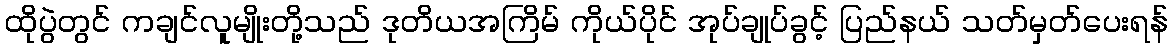
ထိုပွဲတွင် ကချင်လူမျိုးတို့သည် ဒုတိယအကြိမ် ကိုယ်ပိုင် အုပ်ချုပ်ခွင့် ပြည်နယ် သတ်မှတ်ပေးရန်